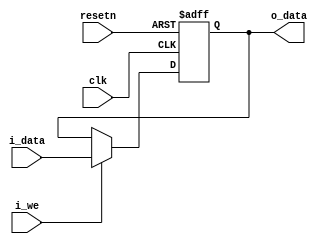
module RegWithWE #(
    parameter LENGTH = 32,
    parameter ENABLE_OVERRIDE = 1'b0,
    parameter INIT_VALUE = 0
) (
    input wire                      clk,
    input wire                      resetn,

    input wire[LENGTH - 1 : 0]      i_data,
    input wire                      i_we,

    output wire[LENGTH - 1 : 0]    o_data
);
    reg[LENGTH - 1 : 0] data_reg;

    assign o_data = (ENABLE_OVERRIDE & ~i_we) ? INIT_VALUE : data_reg;

    always @(posedge clk or negedge resetn) begin
        if (!resetn) begin
            data_reg <= INIT_VALUE;
        end
        else begin
            if (i_we) begin
                data_reg <= i_data;
            end
        end
    end
    
endmodule